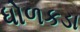
ધોળકડા